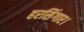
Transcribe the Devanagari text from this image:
हरसिंगार।